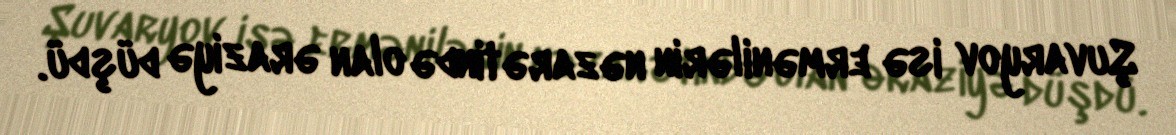
Şuvaryov isə ermənilərin nəzarətində olan əraziyə düşdü.